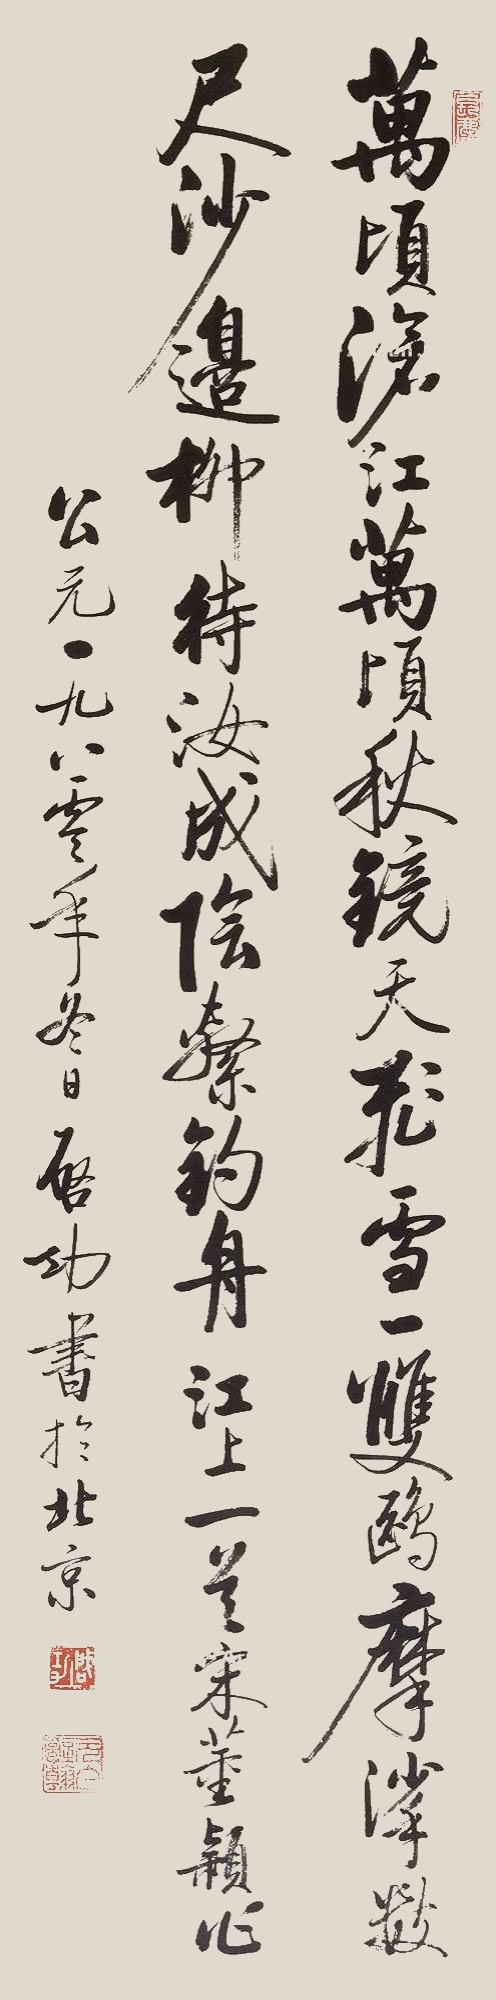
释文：万顷沧江万顷秋，镜天飞雪一双鸥。摩挲数尺沙边柳，待汝成阴系钓舟。《江上》一首宋董颖作，公元一九八零年冬日启功书于北京。